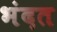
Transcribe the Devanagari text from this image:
भंदत